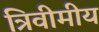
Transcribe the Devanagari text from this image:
त्रिवीमीय